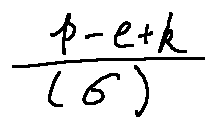
\frac { p - e + k } { ( \sigma ) }